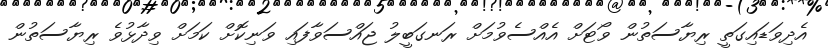
އެދިވަޑައިގަތީ ރިޔާސަތުން ވޯޓަށް އެއްސެވުމަށް ރަނގަބީލު ޖައްސަވާފައި ވަނިކޮށް ކަމަށް ވިދާޅުވެ ރިޔާސަތުން